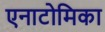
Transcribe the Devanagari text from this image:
एनाटोमिका